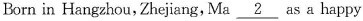
Born in Hangzhou,Zhejiang, Ma \underline{2} as a happy